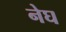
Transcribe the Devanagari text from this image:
नेघ